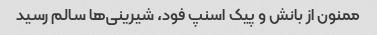
ممنون از بانش و پیک اسنپ فود، شیرینی‌ها سالم رسید